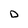
Character: D